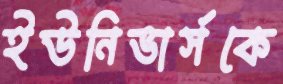
ইউনিভার্সকে